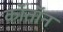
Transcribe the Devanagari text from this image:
कॉतॉन